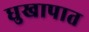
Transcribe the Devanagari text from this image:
धुखापात